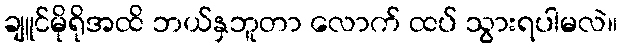
ချူင်မိုရိုအထိ ဘယ်နှဘူတာ လောက် ထပ် သွားရပါမလဲ။